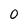
Character: 0